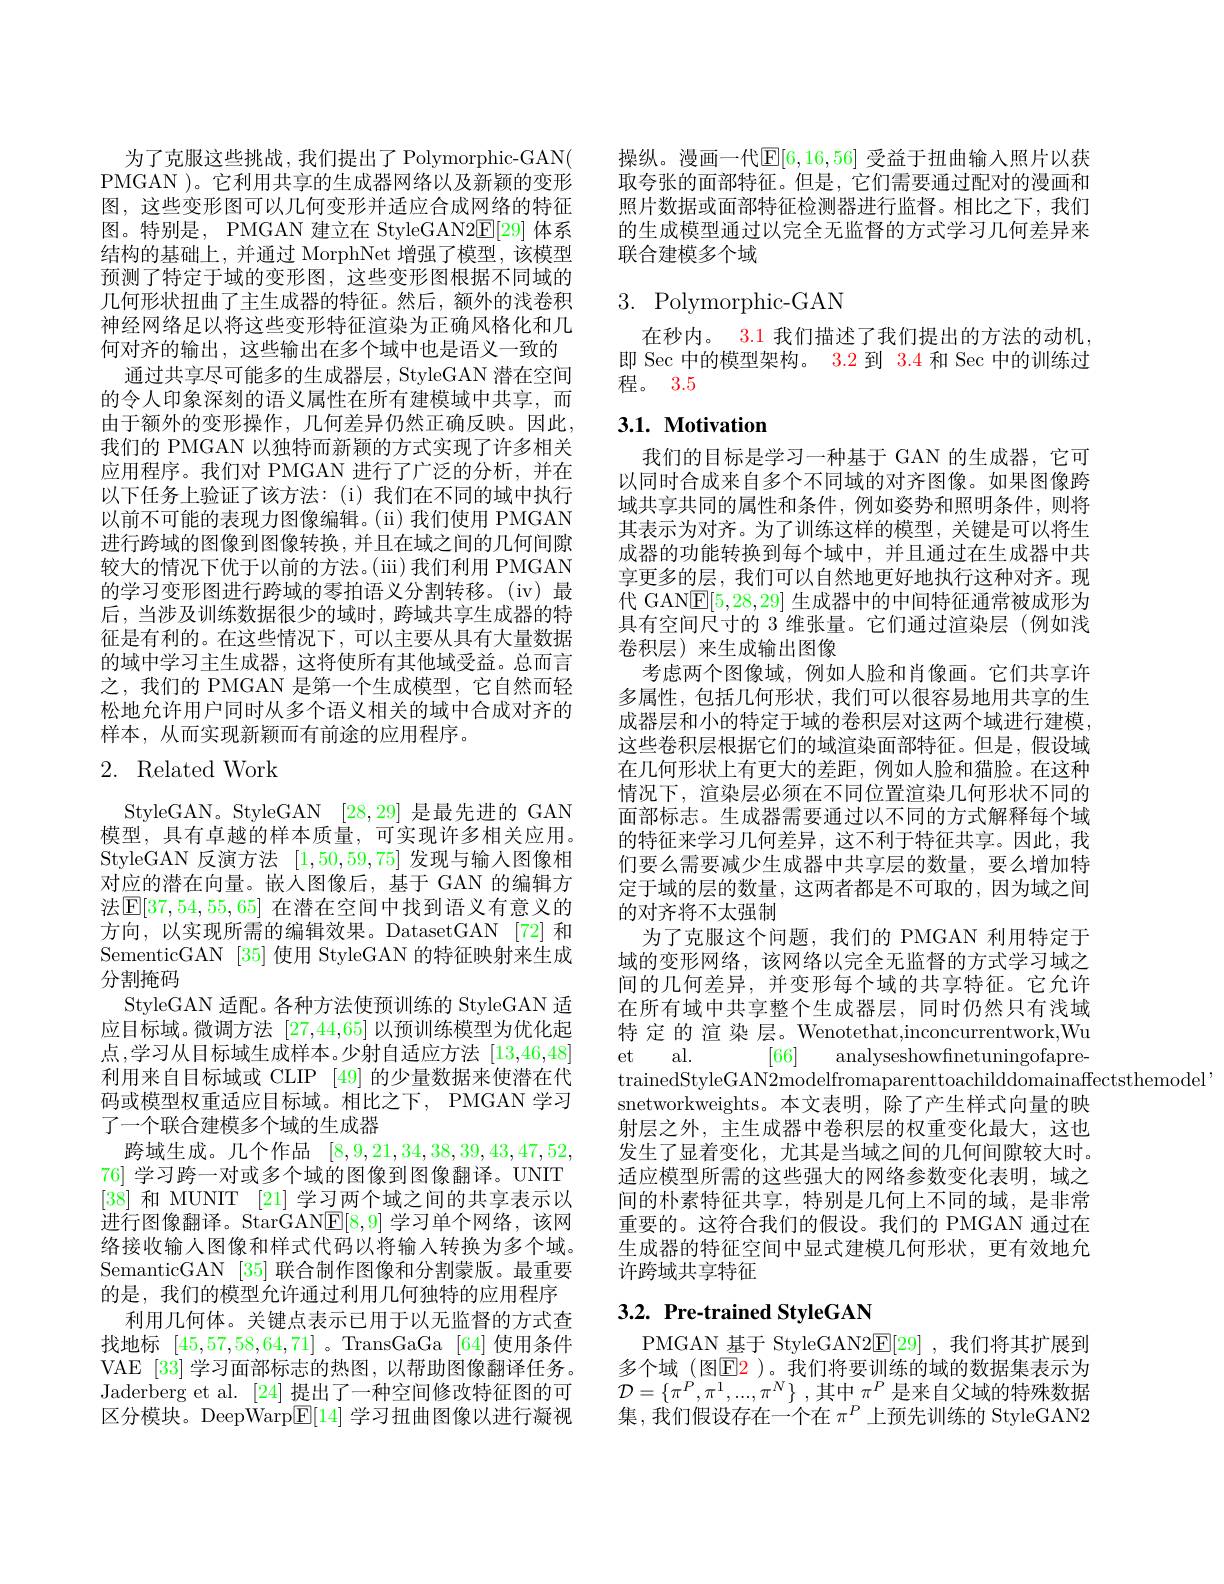
为了克服这些挑战，我们提出了 Polymorphic-GAN( PMGAN )。它利用共享的生成器网络以及新颖的变形图，这些变形图可以几何变形并适应合成网络的特征图。特别是，PMGAN 建立在 StyleGAN2E[ 29] 体系结构的基础上，并通过 MorphNet 增强了模型，该模型预测了特定于域的变形图，这些变形图根据不同域的几何形状扭曲了主生成器的特征。然后，额外的浅卷积神经网络足以将这些变形特征渲染为正确风格化和几何对齐的输出，这些输出在多个域中也是语义一致的
通过共享尽可能多的生成器层，StyleGAN 潜在空间的令人印象深刻的语义属性在所有建模域中共享，而由于额外的变形操作，几何差异仍然正确反映。因此， 我们的 PMGAN 以独特而新颖的方式实现了许多相关应用程序。我们对 PMGAN 进行了广泛的分析，并在以下任务上验证了该方法：(i)我们在不同的域中执行以前不可能的表现力图像编辑。(ii)我们使用 PMGAN 进行跨域的图像到图像转换，并且在域之间的几何间隙较大的情况下优于以前的方法。(iii)我们利用 PMGAN 的学习变形图进行跨域的零拍语义分割转移。(iv) 最后，当涉及训练数据很少的域时，跨域共享生成器的特征是有利的。在这些情况下，可以主要从具有大量数据的域中学习主生成器，这将使所有其他域受益。总而言之，我们的 PMGAN 是第一个生成模型，它自然而轻松地允许用户同时从多个语义相关的域中合成对齐的样本，从而实现新颖而有前途的应用程序。

# 2. Related Work

StyleGAN。StyleGAN [28,29]是最先进的 GAN 模型，具有卓越的样本质量，可实现许多相关应用。StyleGAN 反演方法[1,50,59,75]发现与输入图像相对应的潜在向量。嵌人图像后，基于 GAN 的编辑方法$\mathbb{E}[37,54,55,65]$ 在潜在空间中找到语义有意义的方向，以实现所需的编辑效果。DatasetGAN [72] 和SementicGAN [35] 使用 StyleGAN 的特征映射来生成分割掩码
StyleGAN 适配。各种方法使预训练的 StyleGAN 适应目标域。微调方法[27,44,65]以预训练模型为优化起点，学习从目标域生成样本。少射自适应方法[13,46,48] 利用来自目标域或 CLIP [49] 的少量数据来使潜在代码或模型权重适应目标域。相比之下，PMGAN 学习了一个联合建模多个域的生成器
跨域生成。几个作品[8,9,21,34,38,39,43,47,52, 76] 学习跨一对或多个域的图像到图像翻译。UNIT [38]和 MUNIT [21] 学习两个域之间的共享表示以进行图像翻译。StarGAN$\mathbb{E}[8,9]$学习单个网络，该网络接收输入图像和样式代码以将输入转换为多个域。SemanticGAN [35] 联合制作图像和分割蒙版。最重要的是，我们的模型允许通过利用几何独特的应用程序
利用几何体。关键点表示已用于以无监督的方式查找地标[45,57,58,64,71] 。TransGaGa [64]使用条件VAE [33]学习面部标志的热图，以帮助图像翻译任务。Jaderberg et al. [24] 提出了一种空间修改特征图的可区分模块。DeepWarp$\underline{\mathrm{E}}[14]$学习扭曲图像以进行凝视

操纵。漫画一代$\mathbb{E}[6,16,56]$ 受益于扭曲输入照片以获取夸张的面部特征。但是，它们需要通过配对的漫画和照片数据或面部特征检测器进行监督。相比之下，我们的生成模型通过以完全无监督的方式学习几何差异来联合建模多个域

# 3. Polymorphic-GAN

在秒内。3.1 我们描述了我们提出的方法的动机， 即 Sec 中的模型架构。3.2 到 3.4 和 Sec 中的训练过程。3.5

# 3.1. Motivation

我们的目标是学习一种基于 GAN 的生成器，它可以同时合成来自多个不同域的对齐图像。如果图像跨域共享共同的属性和条件，例如姿势和照明条件，则将其表示为对齐。为了训练这样的模型，关键是可以将生成器的功能转换到每个域中，并且通过在生成器中共享更多的层，我们可以自然地更好地执行这种对齐。现代 GANE[5,28,29]生成器中的中间特征通常被成形为具有空间尺寸的 3 维张量。它们通过渲染层(例如浅卷积层)来生成输出图像
考虑两个图像域，例如人脸和肖像画。它们共享许多属性，包括几何形状，我们可以很容易地用共享的生成器层和小的特定于域的卷积层对这两个域进行建模， 这些卷积层根据它们的域渲染面部特征。但是，假设域在几何形状上有更大的差距，例如人脸和猫脸。在这种情况下，渲染层必须在不同位置渲染几何形状不同的面部标志。生成器需要通过以不同的方式解释每个域的特征来学习几何差异，这不利于特征共享。因此，我们要么需要减少生成器中共享层的数量，要么增加特定于域的层的数量，这两者都是不可取的，因为域之间的对齐将不太强制
为了克服这个问题，我们的 PMGAN 利用特定于域的变形网络，该网络以完全无监督的方式学习域之间的几何差异，并变形每个域的共享特征。它允许在所有域中共享整个生成器层，同时仍然只有浅域特定的渲染层。Wenotethat,inconcurrentwork,Wu et al.
[66] analyseshowfinetuningofapre-
trainedStyleGAN2modelfromaparenttoachilddomainaffectsthemodel'
snetworkweights。本文表明，除了产生样式向量的映射层之外，主生成器中卷积层的权重变化最大，这也发生了显着变化，尤其是当域之间的几何间隙较大时。适应模型所需的这些强大的网络参数变化表明，域之间的朴素特征共享，特别是几何上不同的域，是非常重要的。这符合我们的假设。我们的 PMGAN 通过在生成器的特征空间中显式建模几何形状，更有效地允许跨域共享特征

## $3. 2. \textbf{Pre- trained StyleGAN}$

PMGAN 基于 StyleGAN2$\mathbb{E}[29]$ ,我们将其扩展到多个域 (图E2 )。我们将要训练的域的数据集表示为${\mathcal{D} }= \{ \pi ^{P}, \pi ^{1}, . . . , \pi ^{N}\}$ ,其中 $\pi^P$ 是来自父域的特殊数据集，我们假设存在一个在$\pi^P$上预先训练的 StyleGAN2